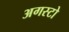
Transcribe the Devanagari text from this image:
अगस्टो